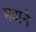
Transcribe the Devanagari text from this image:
मंदाने